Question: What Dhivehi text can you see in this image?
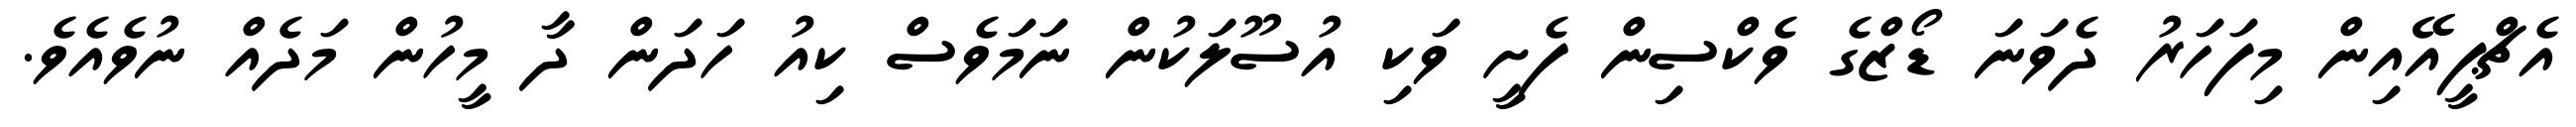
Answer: އެޗްޕީއޭއިން މިފަހަރު ދެވަނަ ޑޯޒްގެ ވެކްސިން ފެށީ ވަކި އުސޫލަކުން ނަމަވެސް ކިއު ހަދަން ދާ މީހުން މަދެއް ނުވެއެވެ.